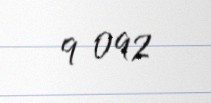
9 092